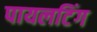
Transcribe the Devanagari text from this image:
पायलटिंग